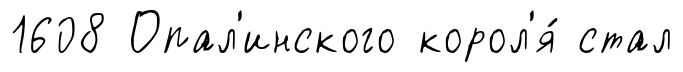
1608 Опал'инского корол'я́ стал